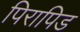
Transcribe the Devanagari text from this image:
पिरापिड